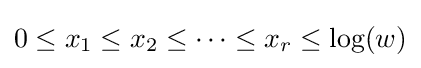
0\leq x_{1}\leq x_{2}\leq \cdots \leq x_{r}\leq \log(w)